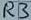
Text: R3